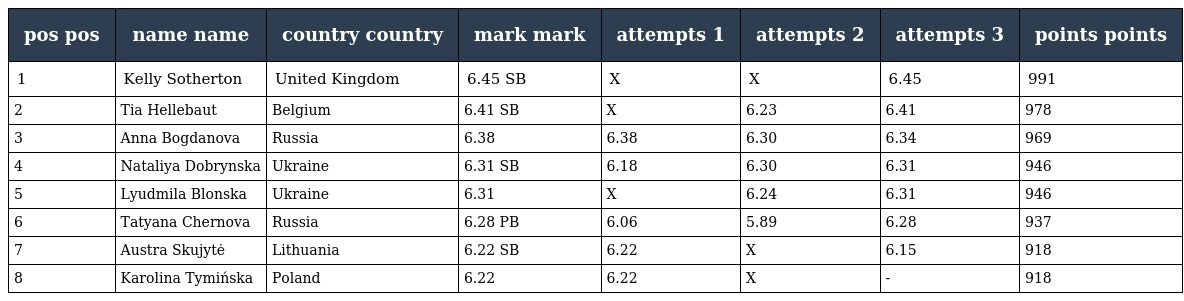
| pos pos | name name | country country | mark mark | attempts 1 | attempts 2 | attempts 3 | points points |
 | --- | --- | --- | --- | --- | --- | --- | --- |
 | 1 | Kelly Sotherton | United Kingdom | 6.45 SB | X | X | 6.45 | 991 |
 | 2 | Tia Hellebaut | Belgium | 6.41 SB | X | 6.23 | 6.41 | 978 |
 | 3 | Anna Bogdanova | Russia | 6.38 | 6.38 | 6.30 | 6.34 | 969 |
 | 4 | Nataliya Dobrynska | Ukraine | 6.31 SB | 6.18 | 6.30 | 6.31 | 946 |
 | 5 | Lyudmila Blonska | Ukraine | 6.31 | X | 6.24 | 6.31 | 946 |
 | 6 | Tatyana Chernova | Russia | 6.28 PB | 6.06 | 5.89 | 6.28 | 937 |
 | 7 | Austra Skujytė | Lithuania | 6.22 SB | 6.22 | X | 6.15 | 918 |
 | 8 | Karolina Tymińska | Poland | 6.22 | 6.22 | X | - | 918 |